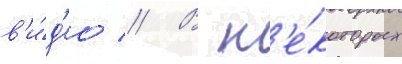
в'и́д'ео // В н'е́которых